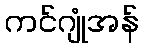
ကင်ဂျုံအန်